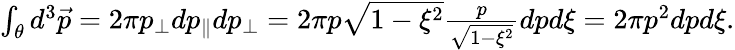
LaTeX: \begin{array}{r}{\int_{\theta}d^{3}\vec{p}=2\pi p_{\perp}dp_{\parallel}dp_{\perp}=2\pi p\sqrt{1-\xi^{2}}\frac{p}{\sqrt{1-\xi^{2}}}dpd\xi=2\pi p^{2}dpd\xi.}\end{array}